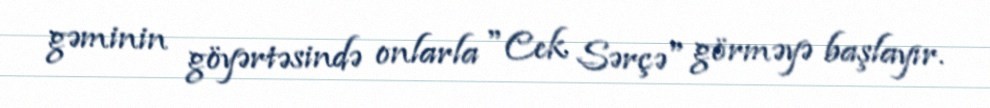
gəminin göyərtəsində onlarla "Cek Sərçə" görməyə başlayır.